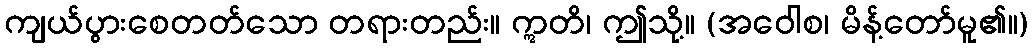
ကျယ်ပွားစေတတ်သော တရားတည်း။ ဣတိ၊ ဤသို့။ (အဝေါစ၊ မိန့်တော်မူ၏။)